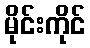
မိုင်းကိုင်